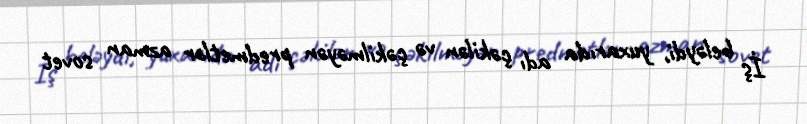
İş beləydi, yuxarıda adı çəkilən və çəkilməyən predmetlər azman sovet